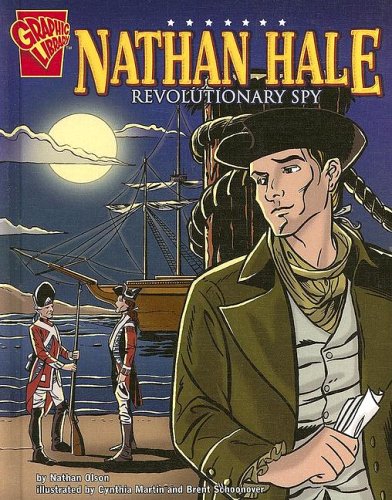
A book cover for Nathan Hale: Revolutionary Spy (Graphic Biographies); Nathan Olson; Children's Books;